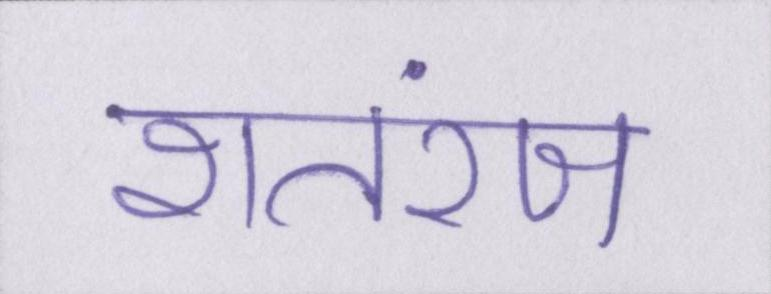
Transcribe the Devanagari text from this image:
शतरंज